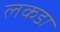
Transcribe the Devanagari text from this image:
लकडा